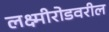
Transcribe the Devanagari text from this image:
लक्ष्मीरोडवरील